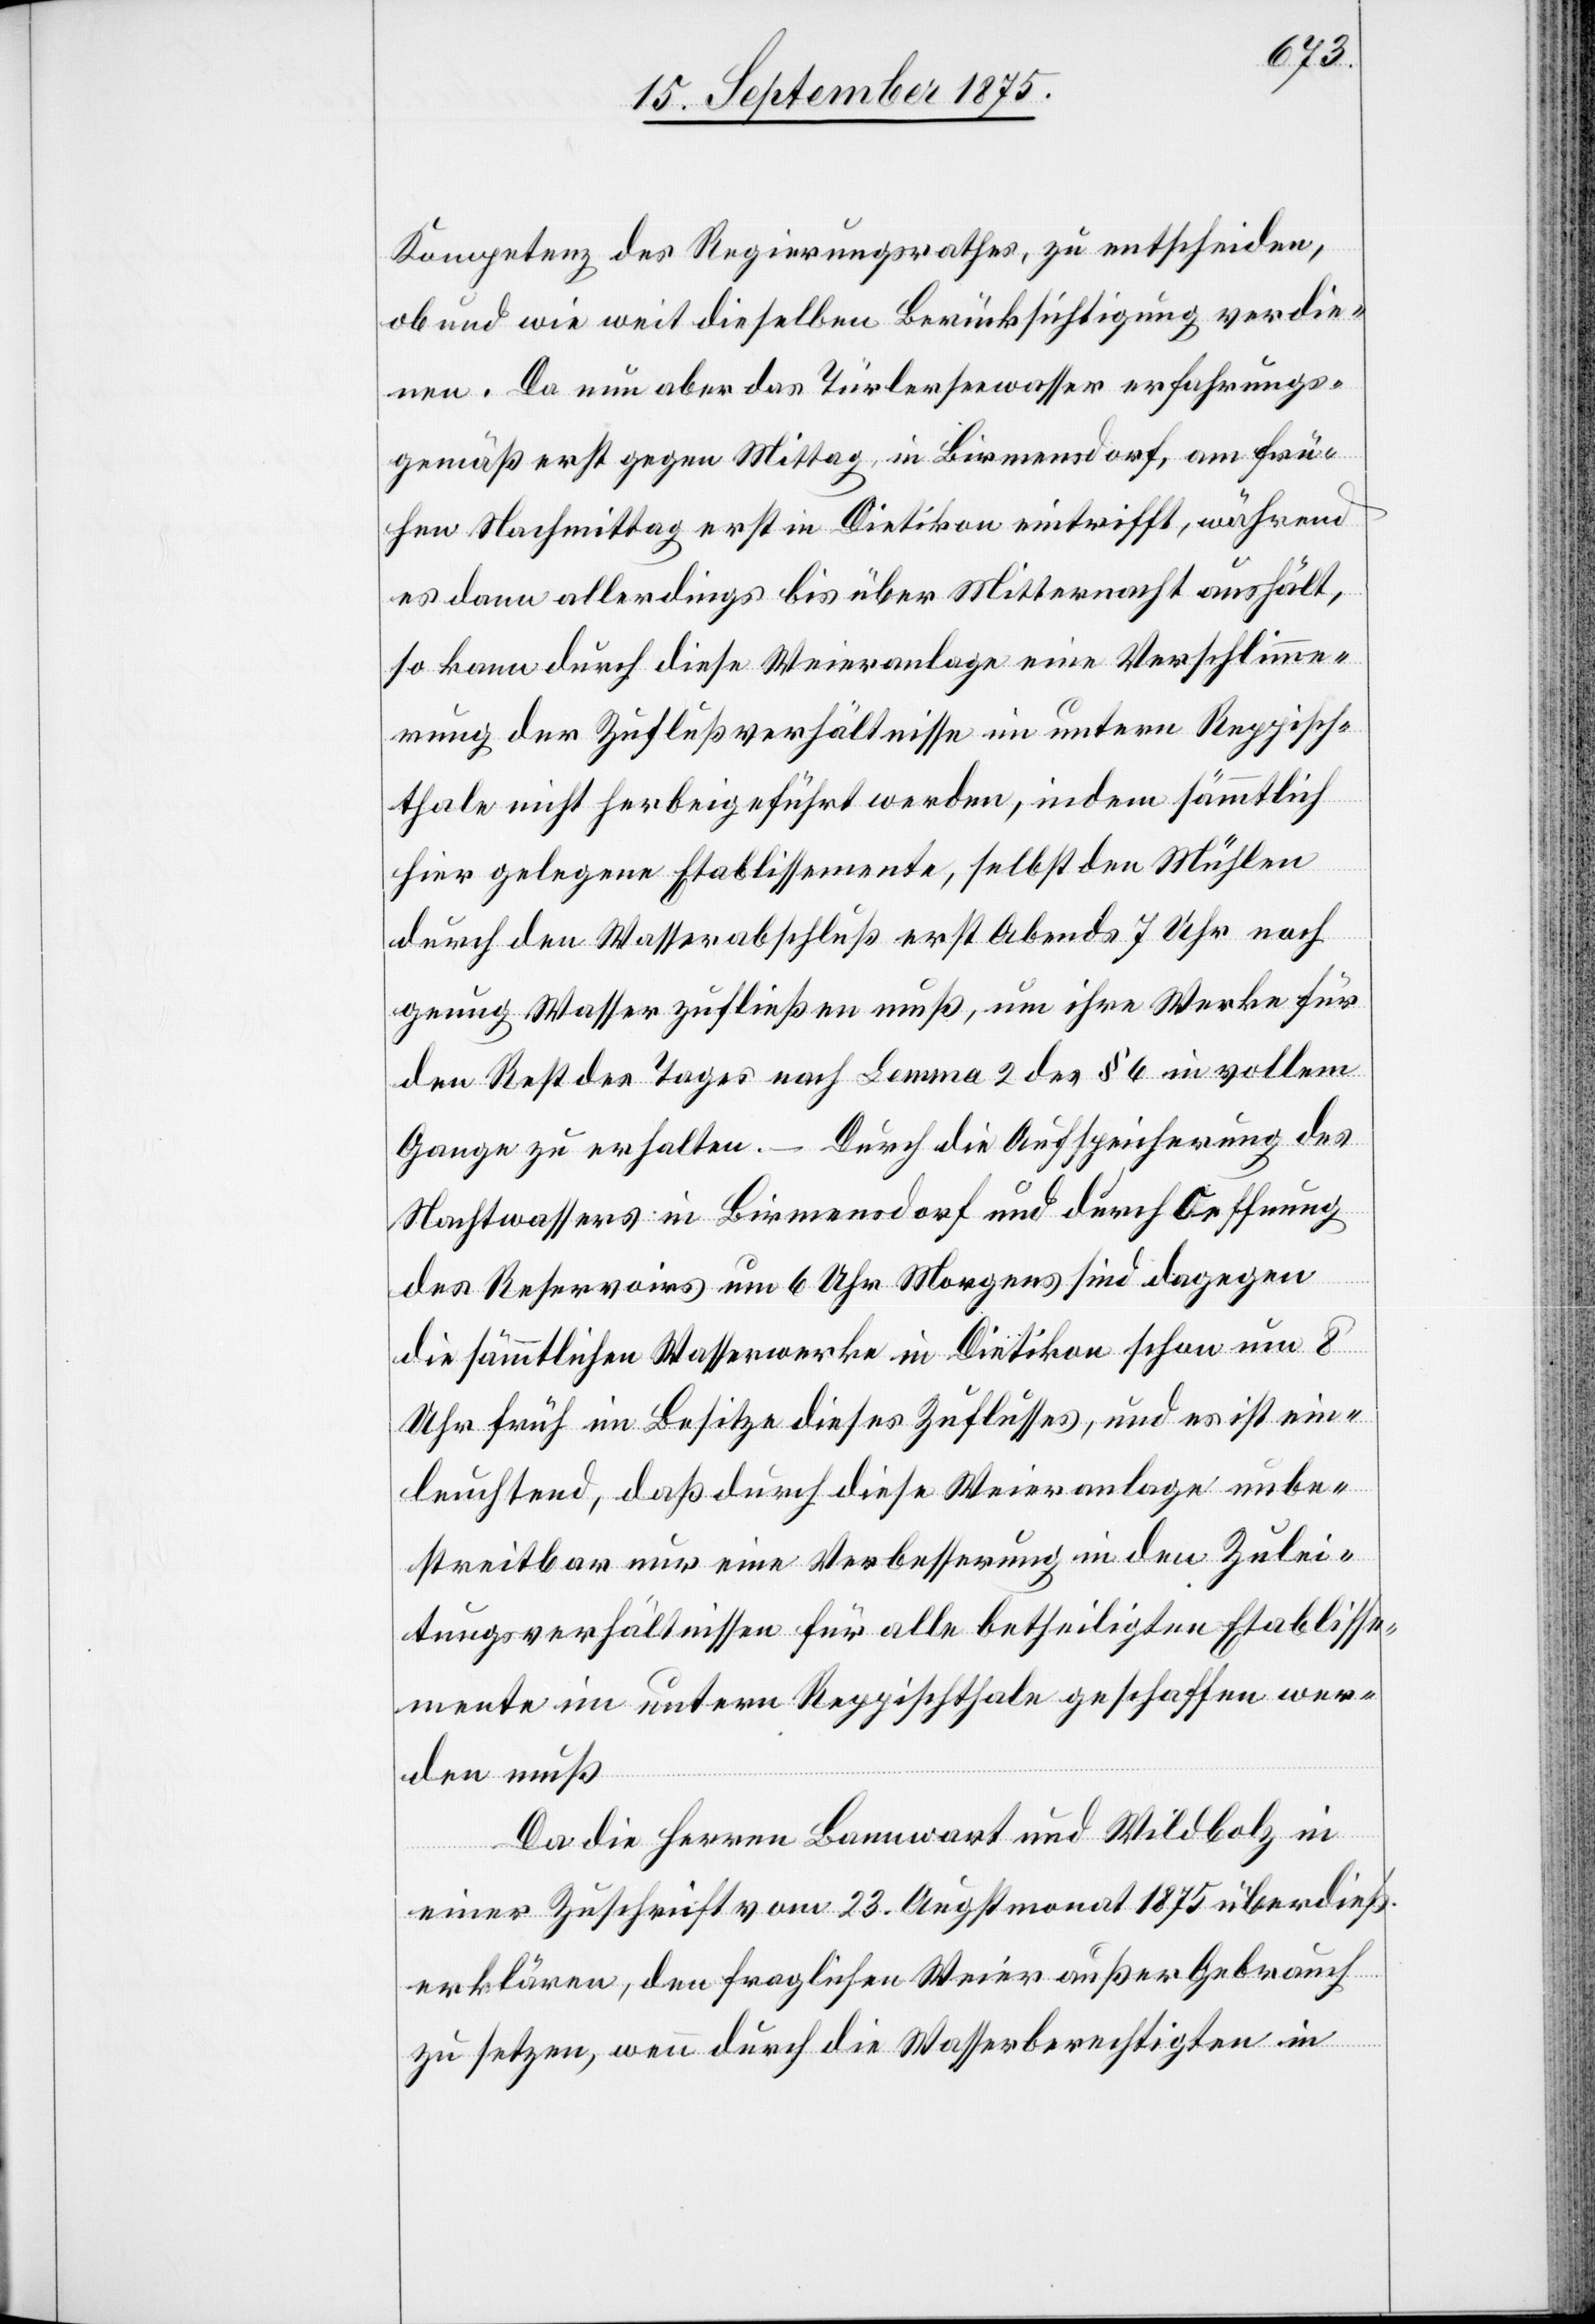
Kompetenz des Regierungsrathes, zu entscheiden,
ob und wie weit dieselben Berücksichtigung verdie¬
nen. Da nun aber das Türlerseewasser erfahrungs¬
gemäß erst gegen Mittag, in Birmensdorf, am frü¬
hen Nachmittag erst in Dietikon eintrifft, während
es dann allerdings bis über Mitternacht aushält,
so kann durch diese Weieranlage eine Verschlimme¬
rung der Zuflußverhältnisse im untern Reppisch¬
thale nicht herbeigeführt werden, indem sämmtlich
hier gelegene Etablissemente, selbst den Mühlen
durch den Wasserabschluß erst Abends 7 Uhr noch
genug Wasser zufließen muß, um ihre Werke für
den Rest des Tages nach Lemma 2 des § 6 in vollem
Gange zu erhalten. – Durch die Aufspeicherung des
Nachtwassers in Birmensdorf und durch Oeffnung
des Reservoirs um 6 Uhr Morgens sind dagegen
die sämmtlichen Wasserwerke in Dietikon schon um 8
Uhr früh im Besitze dieses Zuflusses, und es ist ein¬
leuchtend, daß durch diese Weieranlage unbe¬
streitbar nur eine Verbesserung in den Zulei¬
tungsverhältnissen für alle betheiligten Etablisse¬
mente im untern Reppischthale geschaffen wer¬
den muß.
Da die Herren Bannwart und Wildbolz in
einer Zuschrift vom 23. Augstmonat 1875 überdieß
erklären, den fraglichen Weier außer Gebrauch
zu setzen, wenn durch die Wasserberechtigten in